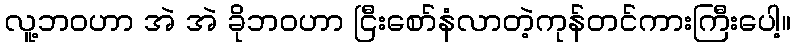
လူ့ဘဝဟာ အဲ အဲ ခိုဘဝဟာ ငြီးစော်နံလာတဲ့ကုန်တင်ကားကြီးပေါ့။